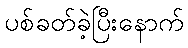
ပစ်ခတ်ခဲ့ပြီးနောက်